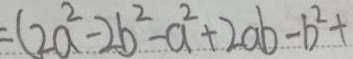
( 2 a ^ { 2 } - 2 b ^ { 2 } - a ^ { 2 } + 2 a b - b ^ { 2 } +